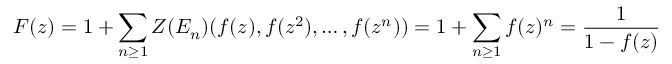
F ( z ) = 1 + \sum _ { n \geq 1 } Z ( E _ { n } ) ( f ( z ) , f ( z ^ { 2 } ) , \ldots , f ( z ^ { n } ) ) = 1 + \sum _ { n \geq 1 } f ( z ) ^ { n } = { \frac { 1 } { 1 - f ( z ) } }